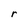
Character: r